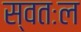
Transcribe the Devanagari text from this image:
स्वतःल